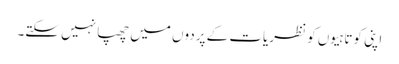
اپنی کوتاہیوں کو نظریات کے پردوں میں چھپا نہیں سکتے۔